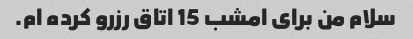
سلام من برای امشب 15 اتاق رزرو کرده ام.